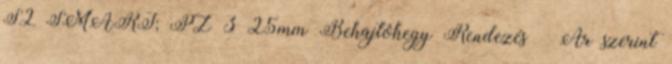
S2 SMART; PZ 3×25mm Behajtóhegy Rendezés Ár szerint